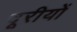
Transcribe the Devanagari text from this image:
दूरीयों